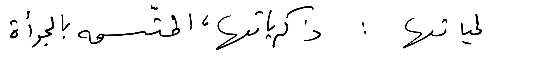
لحياتها: ذكرياتها، المتّسمه بالجرأة